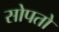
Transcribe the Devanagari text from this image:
सोपतो